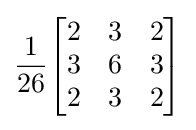
{\frac {1}{26}}{\begin{bmatrix}2&3&2\\3&6&3\\2&3&2\end{bmatrix}}